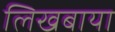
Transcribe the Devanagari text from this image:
लिखबाया